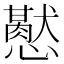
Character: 𢤍